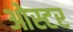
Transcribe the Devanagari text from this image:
ओस्टर